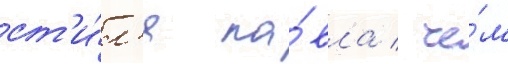
ст'и́л'я па́вла / че́м